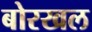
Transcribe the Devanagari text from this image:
बोरखल